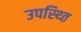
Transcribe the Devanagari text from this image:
उपस्थ्ति